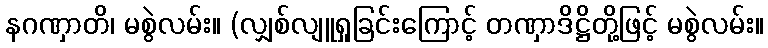
နဂဏှာတိ၊ မစွဲလမ်း။ (လျှစ်လျူရှုခြင်းကြောင့် တဏှာဒိဋ္ဌိတို့ဖြင့် မစွဲလမ်း။